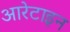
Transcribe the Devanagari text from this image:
आरेटाइन